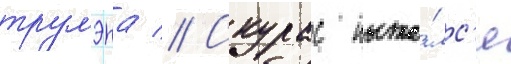
трумэна // Скурас пыта́лс'я